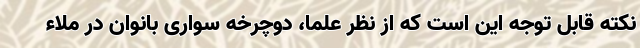
نکته قابل توجه این است که از نظر علما، دوچرخه سواری بانوان در ملاء